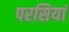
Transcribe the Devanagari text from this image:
परसियां